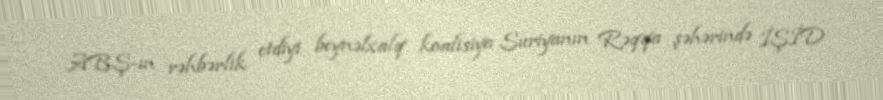
ABŞ-ın rəhbərlik etdiyi beynəlxalq koalisiya Suriyanın Rəqqa şəhərində İŞİD